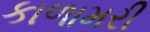
કાળામરી